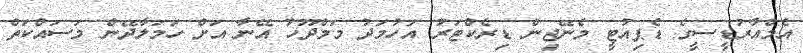
އެމްއާރުޑީސީގެ ޑެޕިއުޓީ މެނޭޖިން ޑިރެކްޓަރު އަހުމަދު މަމްދޫހު އޭނާ އަށް ހަމަލާދޭން މަސައްކަތް